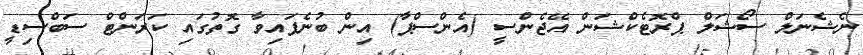
ނެޝެނަލް ސޯޝަލް ޕްރޮޓެކްޝަން އޭޖެންސީ (އެންސްޕާ) އިން ބުނެފައިވާ ގޮތުގައި ކަރަންޓް ސަބްސިޑީ